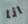
انا